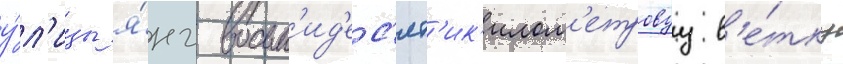
у́л'ицы я́нг восьм'ид'ес'ят'ик'илом'етровуу в'е́тку